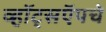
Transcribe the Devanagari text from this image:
व्हॉट्सऍपचे